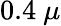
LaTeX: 0.4~\mu